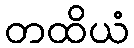
တထိယံ